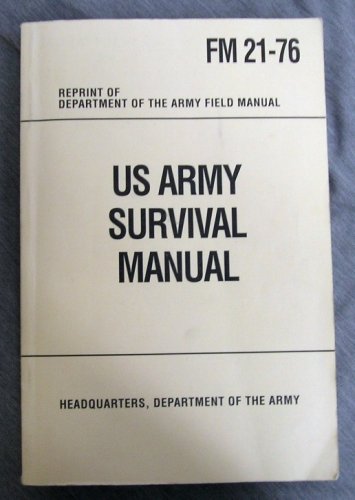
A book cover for US ARMY SURVIVAL GUIDE FM 21-76 Reprint of Department of the Army Field Manual; Sports & Outdoors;